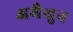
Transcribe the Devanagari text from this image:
अमैथुन